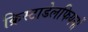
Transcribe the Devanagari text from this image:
क्रिस्टाडेलफियनों